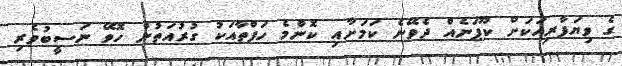
ގެ ވިޔަފާރިއަކަށް ކޫޕަނެއް ދެވޭނެ ކަމަށާއި ކޮންމެ ހަފްތާއަކު ގުރުއަތުން ހޮވޭ ނަސީބުވެރި